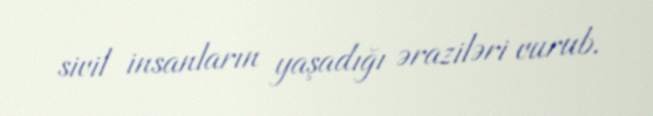
sivil insanların yaşadığı əraziləri vurub.